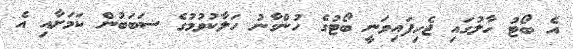
އެ ބޯޓު ހާލުގައި ޖެހިފައިވަނީ ބޯޓުގެ ހުންގާނު ހަލާކުވުމުގެ ސަބަބުން ކަމަށާއި އެ